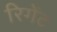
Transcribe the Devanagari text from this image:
रिगेंट